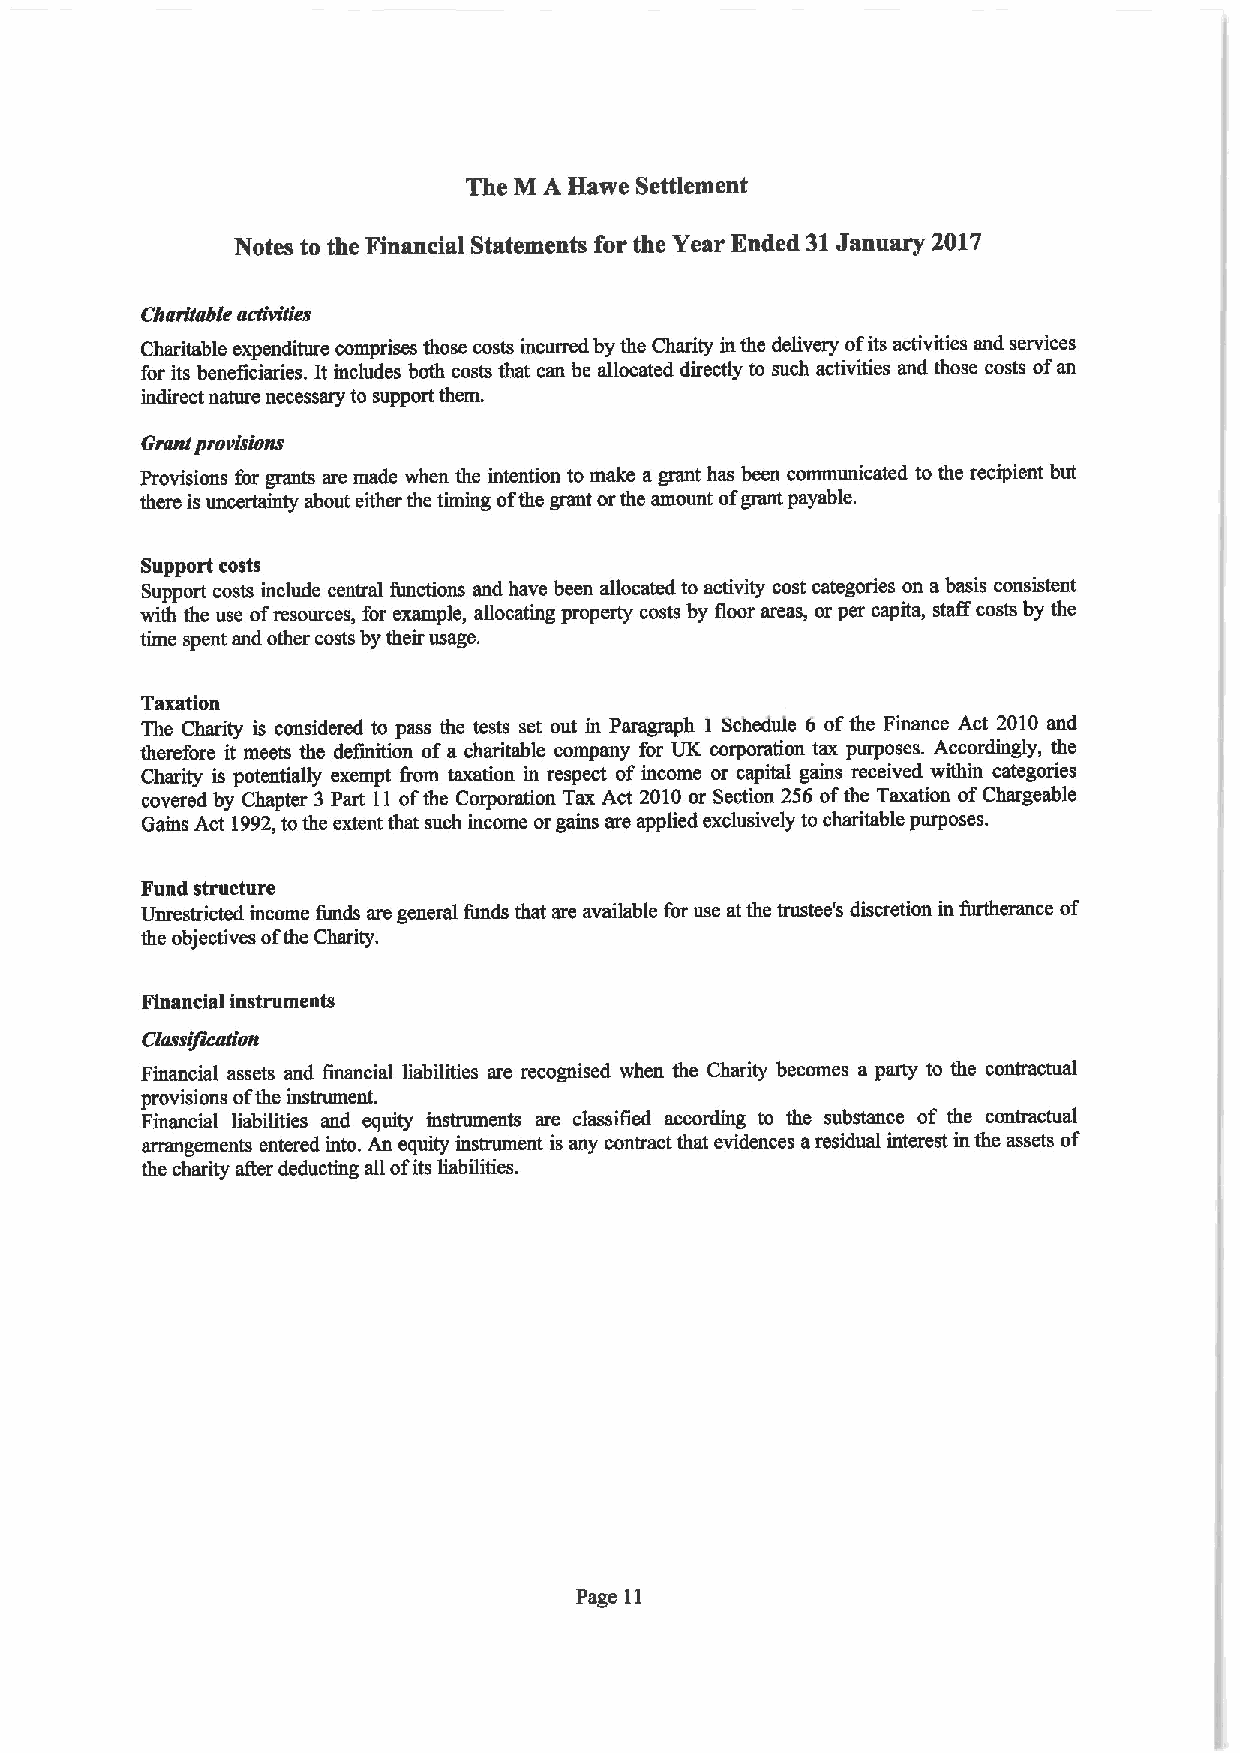
The M A Havve Settlement
 Notes to the Financial Statements for the Year Ended 31January 2017
 CRaritabte activities
 Charitable expenditure comprises those costs incurred by the Charity in the delivery ofits activities and services
 for its beneficiaries. It includes both costs that can be allocated directly to such activities and those costs ofan
 indirect nature necessary to support them.
 Grantprortsions
 Provisions for grants are made when the intention to make agrant has been communicated to the recipient but
 there is uncertainty about either the timing ofthe grant orthe amount ofgrant payable.
 Support costs
 Support costs include central functions and have been allocated to activity cost categories on abasis consistent
 with the use ofresources, for example, aBocating property costs by floor areas, or per capita, staff costs by the
 time spent and other costs by their usage.
 Taxation
 The Charity is considered to pass the tests set out in Paragraph I Schedule 6 ofthe Finance Act 2010 and
 therefore it meets the definition ofa charitable company for UK corporation tax purposes. Accordingly, the
 Charity is potentially exempt &om taxation in respect ofincome or capital gains received within categories
 covered by Chapter 3 Part 11ofthe Corporation Tax Act 2010or Section 256 ofthe Taxation ofChargeable
 Gains Act 1992,tothe extent that such income orgains are applied exclusively to charitable purposes.
 Fund structure
 Unrestricted income funds are general funds that are available for use at the trustee's discretion in furtherance of
 the objectives ofthe Charity.
 Financial instruments
 Classification
 Financial assets and financial liabilities are recognised when the Charity becomes a party to the contractual
 provisions ofthe instrument.
 Financial liabilities and equity instruments are classified according to the substance of the contractual
 arrangements entered into. An equity instrument is any contract that evidences aresidual interest in the assets of
 the charity after deducting all ofits liabilities.
 Page 11